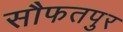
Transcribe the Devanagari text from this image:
सौफतपुर